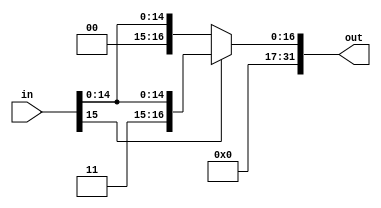
`timescale 1ns / 1ps
//////////////////////////////////////////////////////////////////////////////////
// Company: 
// Engineer: 
// 
// Design Name: 
// Module Name: SignExtend
// Project Name: 
// Target Devices: 
// Tool Versions: 
// Description: 
// 
// Dependencies: 
// 
// Revision:
// Revision 0.01 - File Created
// Additional Comments:
// 
//////////////////////////////////////////////////////////////////////////////////


module SignExtend(
    input [15:0] in,
    output reg [31:0] out
    );
    always@(*)begin
        out = (in[15])? {16'b1, in}: {16'b0, in};
    end    
endmodule